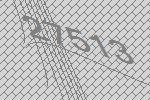
27513